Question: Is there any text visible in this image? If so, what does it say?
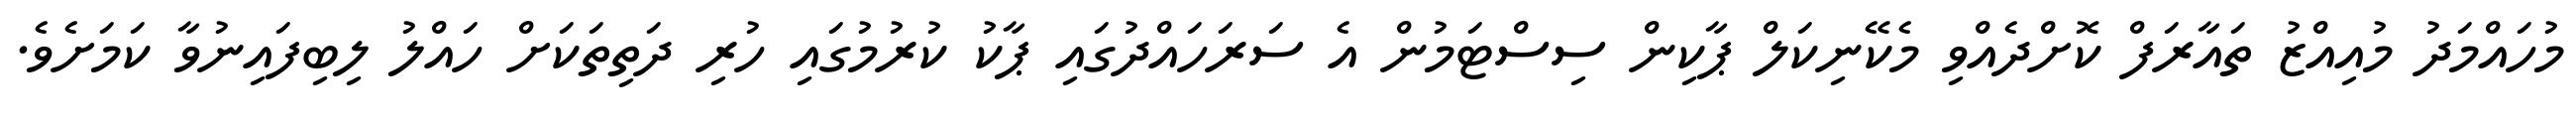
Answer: މުހައްމަދު މުއިއްޒު ތައާރަފް ކޮށްދެއްވި މެކޭނިކަލް ޕާކިން ސިސްޓަމުން އެ ސަރަހައްދުގައި ޕާކު ކުރުމުގައި ހުރި ދަތިތަކަށް ހައްލު ލިބިފައިނުވާ ކަމަށެވެ.